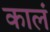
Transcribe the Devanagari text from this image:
कालं